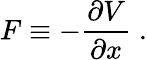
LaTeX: F\equiv-\frac{\partial V}{\partial x}\; .